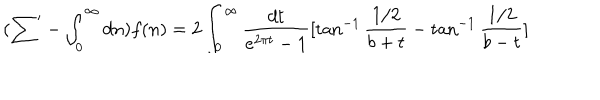
( { \sum } ^ { \prime } - \int _ { 0 } ^ { \infty } d n ) f ( n ) = 2 \int _ { 0 } ^ { \infty } \frac { d t } { e ^ { 2 \pi t } - 1 } [ \tan ^ { - 1 } \frac { 1 / 2 } { b + t } - \tan ^ { - 1 } \frac { 1 / 2 } { b - t } ]